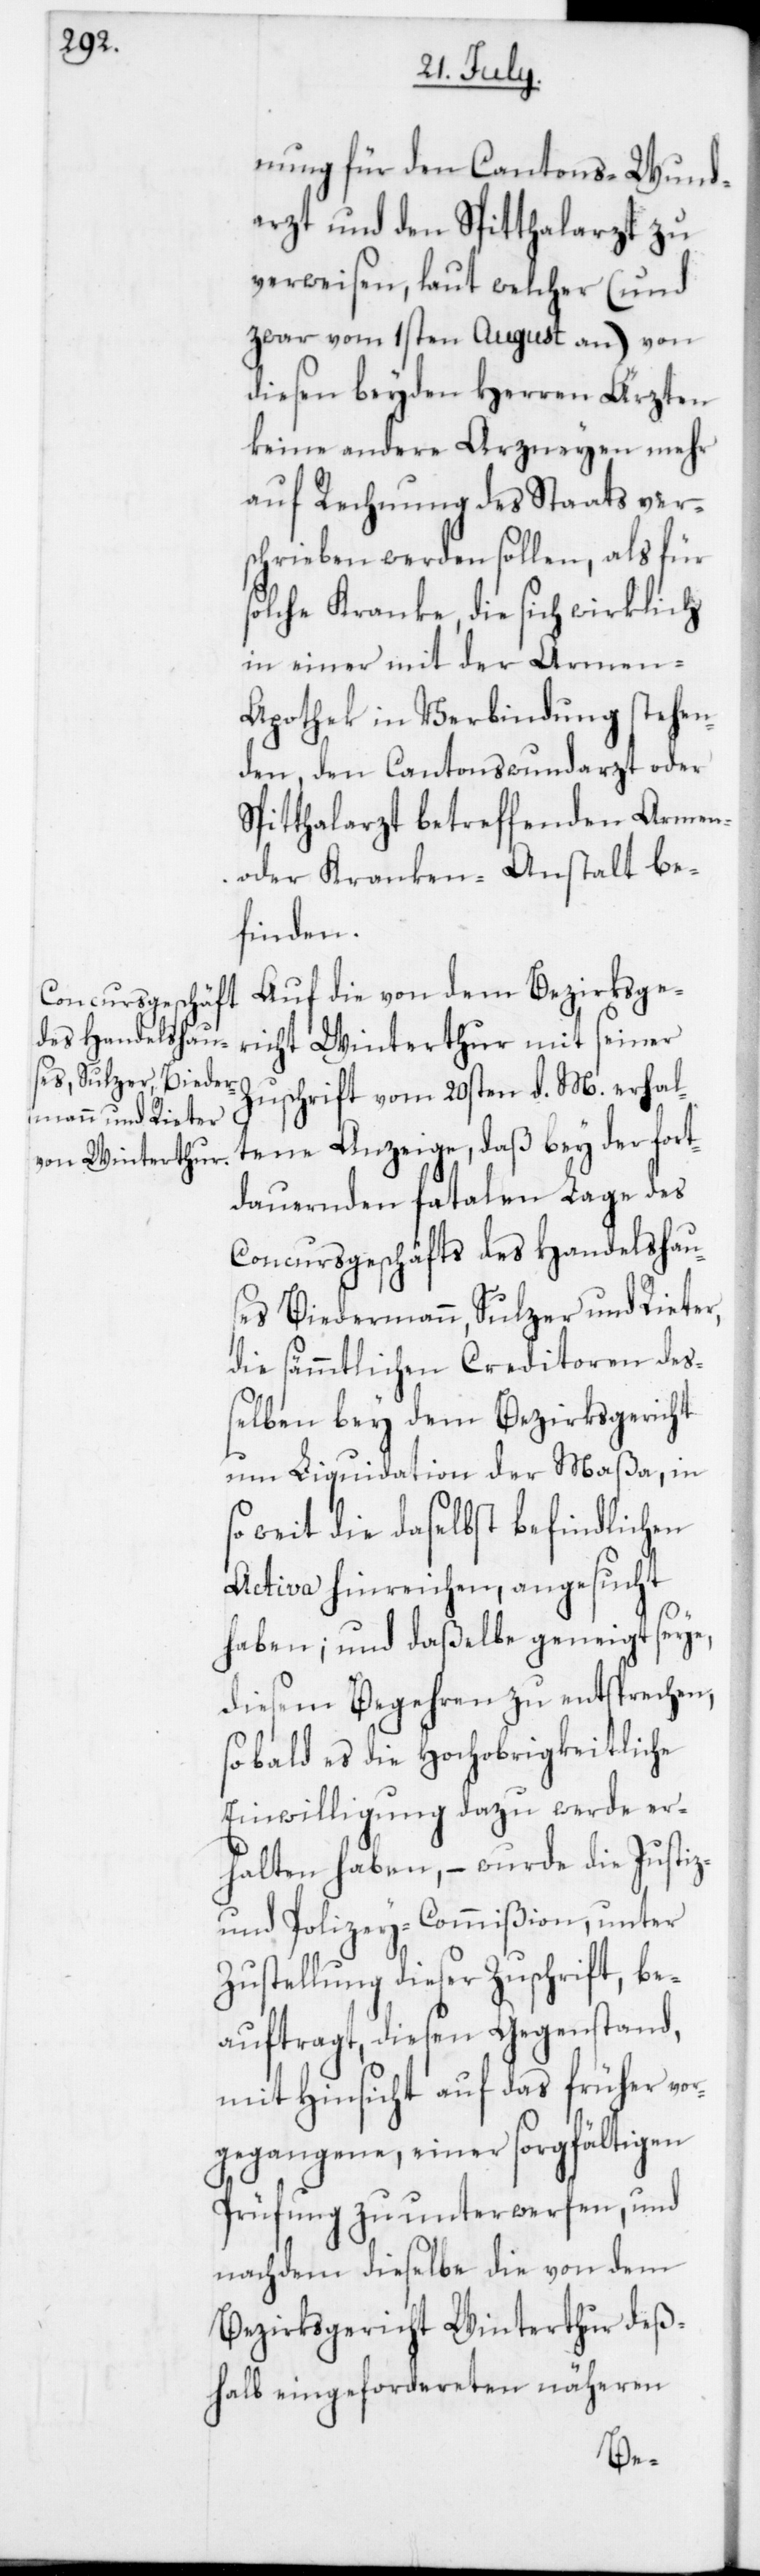
nung für den Cantons-Wund¬
arzt und den Spitthalarzt zu
verweisen, laut welcher (und
zwar vom 1sten August an) von
diesen beyden Herren Ärzten
keine andere Arzneyen mehr
auf Rechnung des Staats ver¬
schrieben werden sollen, als für
solche Kranke, die sich wirklich
in einer mit der Armen-A¬
pothek in Verbindung stehen¬
den, den Cantonswundarzt oder
Spitthalarzt betreffenden Armen-
oder Kranken-Anstalt be¬
finden.
Auf die von dem Bezirksge¬
richt Winterthur mit seiner
Zuschrift vom 20sten d. M. erhal¬
tene Anzeige, daß bey der fort¬
dauernden fatalen Lage des
Concursgeschäfts des Handelshau¬
ses Biedermann, Sulzer und Rieter,
die sämmtlichen Creditoren deß¬
elben bey dem Bezirksgericht
um Liquidation der Maßa, in
weit die daselbst befindlichen
Activa hinreichen, angesucht
haben, und daßelbe geneigt seye,
diesem Begehren zu entsprechen,
sobald es die Hochobrigkeitliche
Einwilligung dazu werde er¬
halten haben, – wurde die Justiz-
und Polizey-Commißion unter
Zustellung dieser Zuschrift, be¬
auftragt, diesen Gegenstand,
mit Hinsicht auf das früher Vor¬
gegangene, einer sorgfältigen
Prüfung zu unterwerfen, und
nachdem dieselbe die von dem
Bezirksgericht Winterthur deß¬
halb eingefordereten näheren